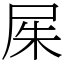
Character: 𡱖